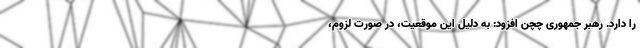
را دارد. رهبر جمهوری چچن افزود: به دلیل این موقعیت، در صورت لزوم،